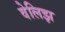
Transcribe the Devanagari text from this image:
वेलिझ